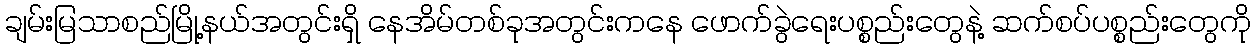
ချမ်းမြသာစည်မြို့နယ်အတွင်းရှိ နေအိမ်တစ်ခုအတွင်းကနေ ဖောက်ခွဲရေးပစ္စည်းတွေနဲ့ ဆက်စပ်ပစ္စည်းတွေကို